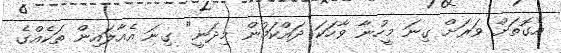
އެގޮތަށް ވަރަށް ގިނަ މީހުނާ ވާހަކަ ދައްކަމުން މިދަނީ" ގިނަ އެއާލައިން ތަކެއްގެ